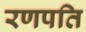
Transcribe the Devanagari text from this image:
रणपति